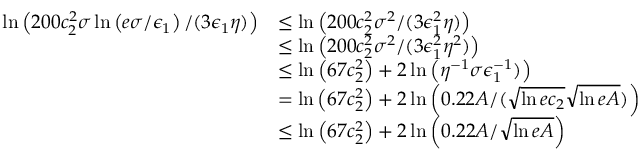
\begin{array} { r l } { \ln \left( 2 0 0 c _ { 2 } ^ { 2 } \sigma \ln \left( e \sigma / \epsilon _ { 1 } \right) / ( 3 \epsilon _ { 1 } \eta ) \right) } & { \le \ln \left( 2 0 0 c _ { 2 } ^ { 2 } \sigma ^ { 2 } / ( 3 \epsilon _ { 1 } ^ { 2 } \eta ) \right) } \\ & { \le \ln \left( 2 0 0 c _ { 2 } ^ { 2 } \sigma ^ { 2 } / ( 3 \epsilon _ { 1 } ^ { 2 } \eta ^ { 2 } ) \right) } \\ & { \le \ln \left( 6 7 c _ { 2 } ^ { 2 } \right) + 2 \ln \left( \eta ^ { - 1 } \sigma \epsilon _ { 1 } ^ { - 1 } ) \right) } \\ & { = \ln \left( 6 7 c _ { 2 } ^ { 2 } \right) + 2 \ln \left( 0 . 2 2 A / ( \sqrt { \ln { e c _ { 2 } } } \sqrt { \ln { e A } } ) \right) } \\ & { \le \ln \left( 6 7 c _ { 2 } ^ { 2 } \right) + 2 \ln \left( 0 . 2 2 A / \sqrt { \ln { e A } } \right) } \end{array}